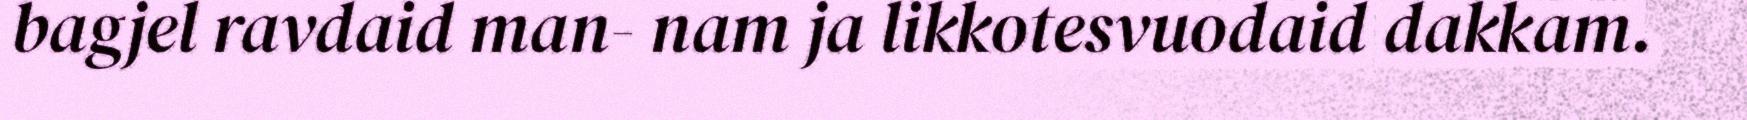
bagjel ravdaid man- nam ja likkotesvuodaid dakkam.